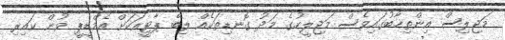
މަޖިލިސް އިންތިޚާބުގައިވެސް މަޖިލީހުގެ މަދު ގޮނޑިތަކެއް ލިބޭ ޕާޓީއަކަށް އެމްޑީޕީ ވުން ކައިރި